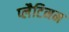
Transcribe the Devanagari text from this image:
प्लैटिनम